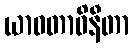
ယာဝတာဝိနီတာ